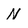
Character: N